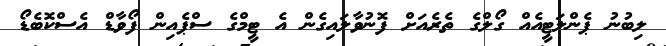
ލިބުނު ޕެންލަޓީއެއް ގޯލްގެ ތެރެއަށް ފޮނުވާލައިގެން އެ ޓީމްގެ ސްޕެއިން ފޯވާޑް އެސްކޮބެޑޯ